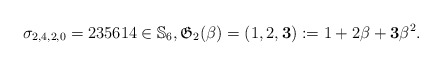
\begin{gather*}\sigma_{2,4,2,0}=235614 \in \mathbb{S}_6, \mathfrak{G}_2(\beta)= (1,2,{\bf 3}):=1+ 2 \beta+ {\bf 3} \beta^2.\end{gather*}